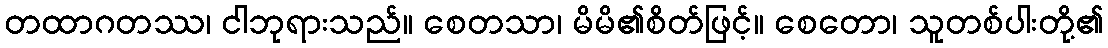
တထာဂတဿ၊ ငါဘုရားသည်။ စေတသာ၊ မိမိ၏စိတ်ဖြင့်။ စေတော၊ သူတစ်ပါးတို့၏